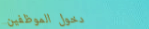
دخول الموظفين